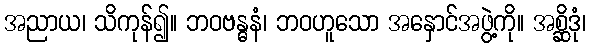
အညာယ၊ သိကုန်၍။ ဘဝဗန္ဓနံ၊ ဘဝဟူသော အနှောင်အဖွဲ့ကို။ အစ္ဆိဒုံ၊